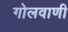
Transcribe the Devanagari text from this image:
गोलवाणी